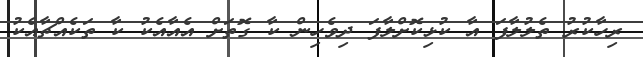
ރިހާކުރު ތެލުލާފަ އާ ކުޅިކޮށްލާފަ ދިވެހިން ކާ ގޮތަށް އެއާއެކު ކާ ތަކެއްޗާއެކު